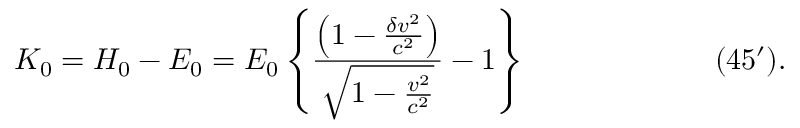
K _ { 0 } = H _ { 0 } - E _ { 0 } = E _ { 0 } \left\{ \frac { \left( 1 - \frac { \delta v ^ { 2 } } { c ^ { 2 } } \right) } { \sqrt { 1 - \frac { v ^ { 2 } } { c ^ { 2 } } } } - 1 \right\} \eqno ( 4 5 ^ { \prime } ) .